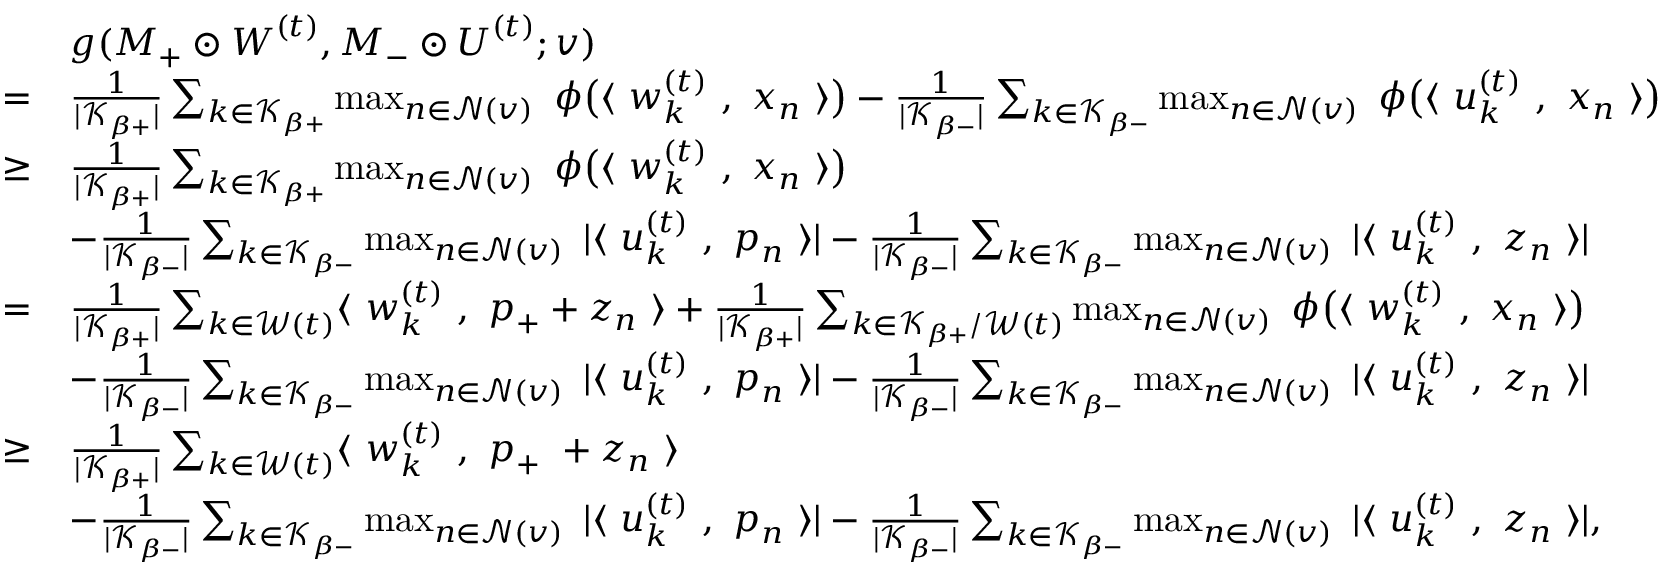
\begin{array} { r l } & { g ( { \boldsymbol M } _ { + } \odot { \boldsymbol W } ^ { ( t ) } , { \boldsymbol M } _ { - } \odot { \boldsymbol U } ^ { ( t ) } ; v ) } \\ { = } & { \frac { 1 } { | \mathcal { K } _ { \beta + } | } \sum _ { k \in \mathcal { K } _ { \beta + } } \operatorname* { m a x } _ { n \in \mathcal { N } ( v ) } ~ \phi \big ( \langle ~ { \boldsymbol w } _ { k } ^ { ( t ) } ~ , ~ { \boldsymbol x } _ { n } ~ \rangle \big ) - \frac { 1 } { | \mathcal { K } _ { \beta - } | } \sum _ { k \in \mathcal { K } _ { \beta - } } \operatorname* { m a x } _ { n \in \mathcal { N } ( v ) } ~ \phi \big ( \langle ~ { \boldsymbol u } _ { k } ^ { ( t ) } ~ , ~ { \boldsymbol x } _ { n } ~ \rangle \big ) } \\ { \ge } & { \frac { 1 } { | \mathcal { K } _ { \beta + } | } \sum _ { k \in \mathcal { K } _ { \beta + } } \operatorname* { m a x } _ { n \in \mathcal { N } ( v ) } ~ \phi \big ( \langle ~ { \boldsymbol w } _ { k } ^ { ( t ) } ~ , ~ { \boldsymbol x } _ { n } ~ \rangle \big ) } \\ & { - \frac { 1 } { | \mathcal { K } _ { \beta - } | } \sum _ { k \in \mathcal { K } _ { \beta - } } \operatorname* { m a x } _ { n \in \mathcal { N } ( v ) } ~ | \langle ~ { \boldsymbol u } _ { k } ^ { ( t ) } ~ , ~ { \boldsymbol p } _ { n } ~ \rangle | - \frac { 1 } { | \mathcal { K } _ { \beta - } | } \sum _ { k \in \mathcal { K } _ { \beta - } } \operatorname* { m a x } _ { n \in \mathcal { N } ( v ) } ~ | \langle ~ { \boldsymbol u } _ { k } ^ { ( t ) } ~ , ~ { \boldsymbol z } _ { n } ~ \rangle | } \\ { = } & { \frac { 1 } { | \mathcal { K } _ { \beta + } | } \sum _ { k \in \mathcal { W } ( t ) } \langle ~ { \boldsymbol w } _ { k } ^ { ( t ) } ~ , ~ { \boldsymbol p } _ { + } + { \boldsymbol z } _ { n } ~ \rangle + \frac { 1 } { | \mathcal { K } _ { \beta + } | } \sum _ { k \in \mathcal { K } _ { \beta + } / \mathcal { W } ( t ) } \operatorname* { m a x } _ { n \in \mathcal { N } ( v ) } ~ \phi \big ( \langle ~ { \boldsymbol w } _ { k } ^ { ( t ) } ~ , ~ { \boldsymbol x } _ { n } ~ \rangle \big ) } \\ & { - \frac { 1 } { | \mathcal { K } _ { \beta - } | } \sum _ { k \in \mathcal { K } _ { \beta - } } \operatorname* { m a x } _ { n \in \mathcal { N } ( v ) } ~ | \langle ~ { \boldsymbol u } _ { k } ^ { ( t ) } ~ , ~ { \boldsymbol p } _ { n } ~ \rangle | - \frac { 1 } { | \mathcal { K } _ { \beta - } | } \sum _ { k \in \mathcal { K } _ { \beta - } } \operatorname* { m a x } _ { n \in \mathcal { N } ( v ) } ~ | \langle ~ { \boldsymbol u } _ { k } ^ { ( t ) } ~ , ~ { \boldsymbol z } _ { n } ~ \rangle | } \\ { \ge } & { \frac { 1 } { | \mathcal { K } _ { \beta + } | } \sum _ { k \in \mathcal { W } ( t ) } \langle ~ { \boldsymbol w } _ { k } ^ { ( t ) } ~ , ~ { \boldsymbol p } _ { + } ~ + { \boldsymbol z } _ { n } ~ \rangle } \\ & { - \frac { 1 } { | \mathcal { K } _ { \beta - } | } \sum _ { k \in \mathcal { K } _ { \beta - } } \operatorname* { m a x } _ { n \in \mathcal { N } ( v ) } ~ | \langle ~ { \boldsymbol u } _ { k } ^ { ( t ) } ~ , ~ { \boldsymbol p } _ { n } ~ \rangle | - \frac { 1 } { | \mathcal { K } _ { \beta - } | } \sum _ { k \in \mathcal { K } _ { \beta - } } \operatorname* { m a x } _ { n \in \mathcal { N } ( v ) } ~ | \langle ~ { \boldsymbol u } _ { k } ^ { ( t ) } ~ , ~ { \boldsymbol z } _ { n } ~ \rangle | , } \end{array}